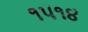
૧૫૧૪